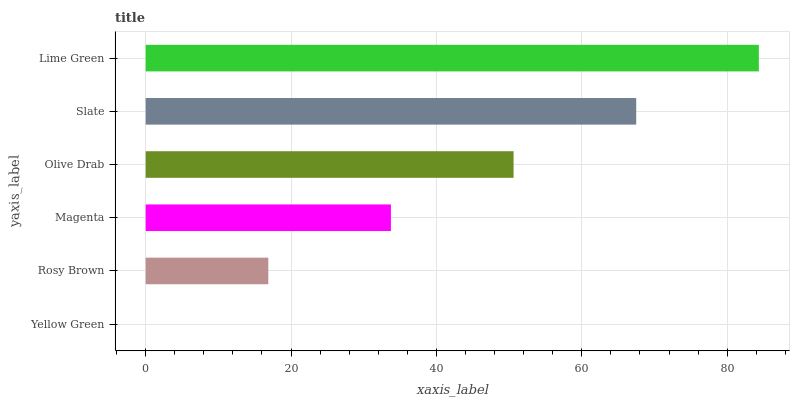
| yaxis_label | bars |
 | --- | --- |
 | Yellow Green | 0 |
 | Rosy Brown | 16.9 |
 | Magenta | 33.7 |
 | Olive Drab | 50.6 |
 | Slate | 67.5 |
 | Lime Green | 84.4 |